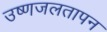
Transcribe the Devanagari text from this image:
उष्णजलतापन